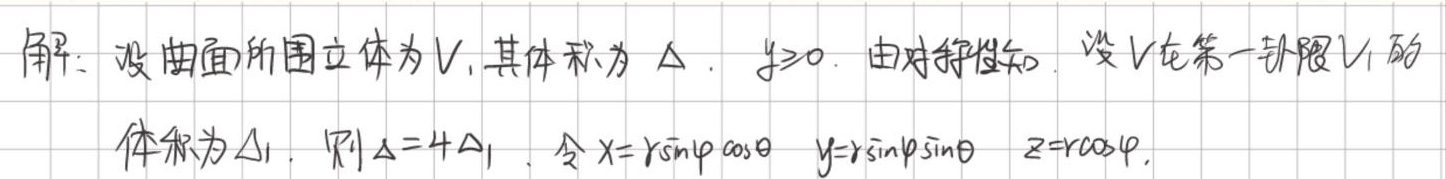
解：设曲面所围立体为 \( V \)，其体积为 \( \varDelta \)， \( y\geqslant0 \)。由对称性知，设 \( V \) 在第一卦限 \( V_1 \) 的
体积为 \( \varDelta_1 \)，则 \( \varDelta = 4\varDelta_1 \)。令 \( x = r\sin\varphi\cos\theta \)， \( y = r\sin\varphi\sin\theta \)， \( z = r\cos\varphi \)。